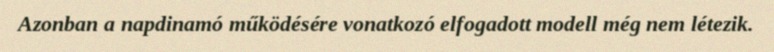
Azonban a napdinamó működésére vonatkozó elfogadott modell még nem létezik.